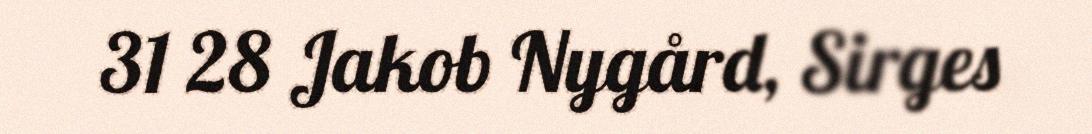
31 28 Jakob Nygård, Sirges